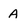
Character: A